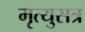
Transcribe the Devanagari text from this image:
मृत्युसत्र